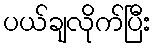
ပယ်ချလိုက်ပြီး